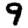
Digit: 9